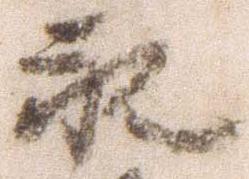
永